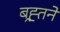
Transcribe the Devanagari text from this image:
बह्र्तने